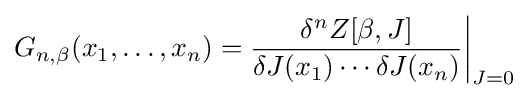
G_{n,\beta }(x_{1},\dots ,x_{n})={\frac {\delta ^{n}Z[\beta ,J]}{\delta J(x_{1})\cdots \delta J(x_{n})}}{\bigg |}_{J=0}